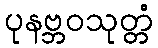
ပုနဗ္ဘဝသုတ္တံ